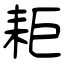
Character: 耟